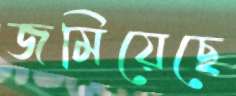
জমিয়েছে